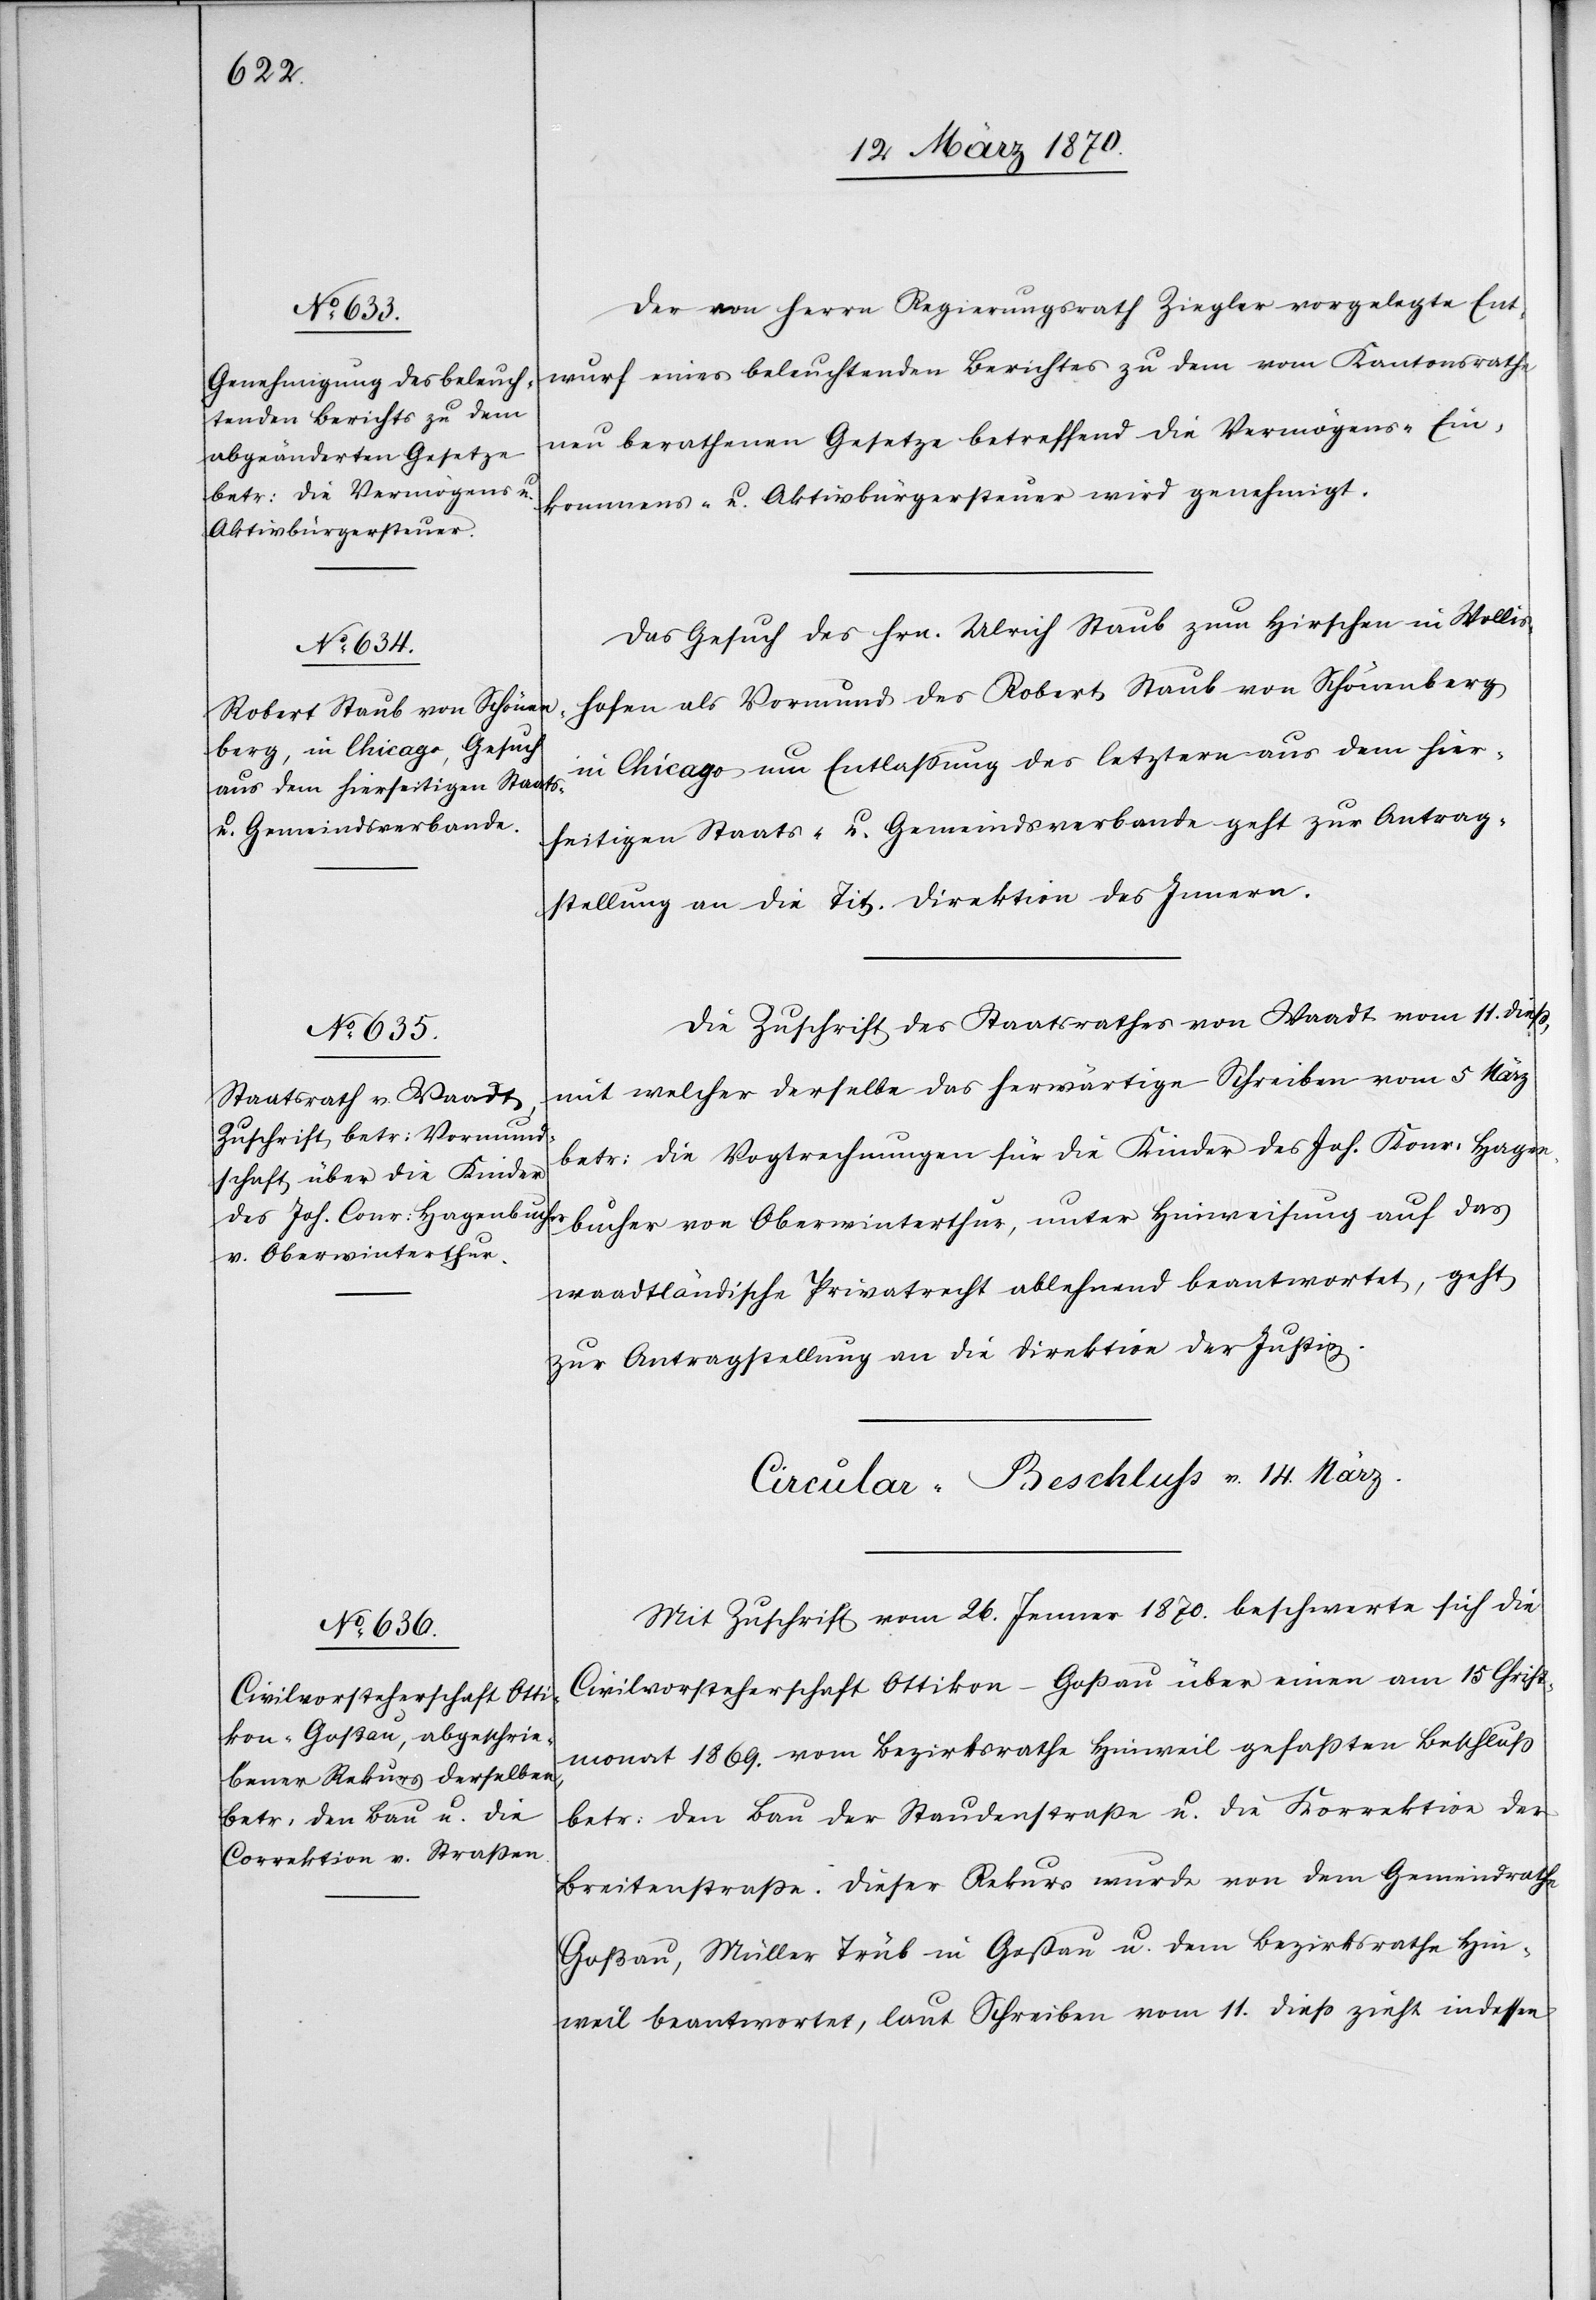
14 März 1870.]
Der von Herrn Regierungsrath Ziegler vorgelegte Ent¬
wurf eines beleuchtenden Berichtes zu dem vom Kantonsrathe
neu berathenen Gesetze betreffend die Vrmögens-[,] Ein¬
kommens- u. Aktivbürgersteuer wird genehmigt.
Das Gesuch des Hrn. Ulrich Staub zum Hirschen in Wollis¬
hofen als Vormund des Robert Staub von Schönenberg
in Chicago um Entlassung des letztern aus dem hier¬
seitigen Staats- u. Gemeindsverbande geht zur Antrag¬
stellung an die Tit. Direktion des Innern.
Die Zuschrift des Staatsrathes von Waadt vom 11. dieß,
mit welcher derselbe das herwärtige Schreiben vom 5 März
betr: die Vogtrechnungen für die Kinder des Joh. Konr: [sic!] Hagen¬
bucher von Oberwinterthur, unter Heinweisung auf das
waadtländische Privatrecht ablehnend beantwortet, geht
zur Antragstellung an die Direktion der Justiz.
Mit Zuschrift vom 26. Jenner 1870. beschwerte sich die
Civilvorsteherschaft Ottikon-Goßau über einen am 15 Christ¬
monat 1869. vom Bezirksrathe Hinweil gefaßten Beschluß
betr: den Bau der Staudenstraße u. die Korrektion der
Breitenstraße. Dieser Rekurs wurde von dem Gemeindrathe
Goßau, Müller Trüb in Goßau u. dem Bezirksrathe Hin¬
weil beantwortet, laut Schreiben vom 11. dieß zieht indessen